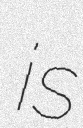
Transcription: is